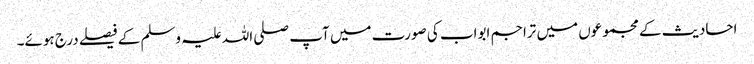
احادیث کے مجموعوں میں تراجم ابواب کی صورت میں آپ صلی اللہ علیہ وسلم کے فیصلے درج ہوئے۔